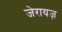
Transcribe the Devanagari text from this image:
जेरायज़